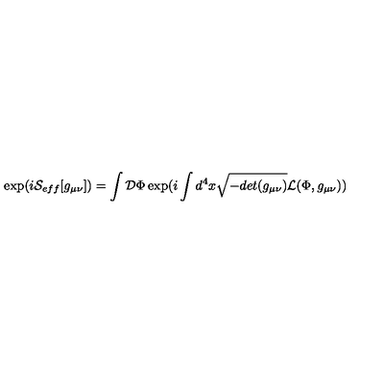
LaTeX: \exp ( i { \cal S } _ { e f f } [ g _ { \mu \nu } ] ) = \int { \cal D } \Phi \exp ( i \int d ^ { 4 } x \sqrt { - d e t ( g _ { \mu \nu } ) } { \cal L } ( \Phi , g _ { \mu \nu } ) )